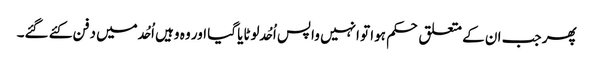
پھر جب ان کے متعلق حکم ہوا تو انہیں واپس اُحُد لوٹایا گیا اور وہ وہیں اُحُد میں دفن کئے گئے۔